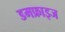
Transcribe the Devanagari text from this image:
डमफ्राइज